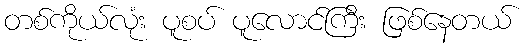
တစ်ကိုယ်လုံး ပူစပ် ပူလောင်ကြီး ဖြစ်နေတယ်